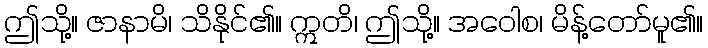
ဤသို့။ ဇာနာမိ၊ သိနိုင်၏။ ဣတိ၊ ဤသို့။ အဝေါစ၊ မိန့်တော်မူ၏။